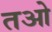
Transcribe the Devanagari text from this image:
तओ